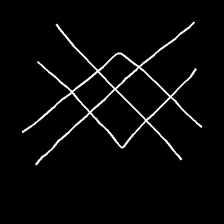
Glyph: crystal